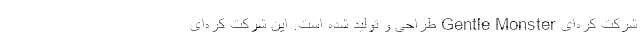
شرکت کره‌ای‌ Gentle Monster طراحی و تولید شده است. این شرکت کره‌ای